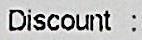
DISCOUNT :